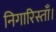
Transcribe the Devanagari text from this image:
निगारिस्ताँ।